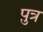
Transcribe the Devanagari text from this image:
प़ुत्र